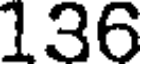
136